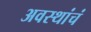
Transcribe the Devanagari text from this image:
अवस्थांचं